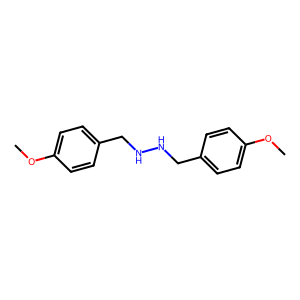
SMILES: COc1ccc(CNNCc2ccc(OC)cc2)cc1
Inhibits HIV replication: No